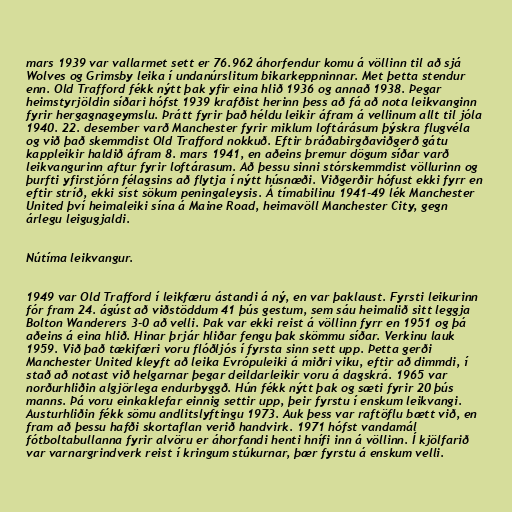
mars 1939 var vallarmet sett er 76.962 áhorfendur komu á völlinn til að sjá
Wolves og Grimsby leika í undanúrslitum bikarkeppninnar. Met þetta stendur
enn. Old Trafford fékk nýtt þak yfir eina hlið 1936 og annað 1938. Þegar
heimstyrjöldin síðari hófst 1939 krafðist herinn þess að fá að nota leikvanginn
fyrir hergagnageymslu. Þrátt fyrir það héldu leikir áfram á vellinum allt til jóla
1940. 22. desember varð Manchester fyrir miklum loftárásum þýskra flugvéla
og við það skemmdist Old Trafford nokkuð. Eftir bráðabirgðaviðgerð gátu
kappleikir haldið áfram 8. mars 1941, en aðeins þremur dögum síðar varð
leikvangurinn aftur fyrir loftárasum. Að þessu sinni stórskemmdist völlurinn og
þurfti yfirstjórn félagsins að flytja í nýtt húsnæði. Viðgerðir hófust ekki fyrr en
eftir stríð, ekki síst sökum peningaleysis. Á tímabilinu 1941-49 lék Manchester
United því heimaleiki sína á Maine Road, heimavöll Manchester City, gegn
árlegu leigugjaldi.

Nútíma leikvangur.

1949 var Old Trafford í leikfæru ástandi á ný, en var þaklaust. Fyrsti leikurinn
fór fram 24. ágúst að viðstöddum 41 þús gestum, sem sáu heimalið sitt leggja
Bolton Wanderers 3-0 að velli. Þak var ekki reist á völlinn fyrr en 1951 og þá
aðeins á eina hlið. Hinar þrjár hliðar fengu þak skömmu síðar. Verkinu lauk
1959. Við það tækifæri voru flóðljós í fyrsta sinn sett upp. Þetta gerði
Manchester United kleyft að leika Evrópuleiki á miðri viku, eftir að dimmdi, í
stað að notast við helgarnar þegar deildarleikir voru á dagskrá. 1965 var
norðurhliðin algjörlega endurbyggð. Hún fékk nýtt þak og sæti fyrir 20 þús
manns. Þá voru einkaklefar einnig settir upp, þeir fyrstu í enskum leikvangi.
Austurhliðin fékk sömu andlitslyftingu 1973. Auk þess var raftöflu bætt við, en
fram að þessu hafði skortaflan verið handvirk. 1971 hófst vandamál
fótboltabullanna fyrir alvöru er áhorfandi henti hnífi inn á völlinn. Í kjölfarið
var varnargrindverk reist í kringum stúkurnar, þær fyrstu á enskum velli.